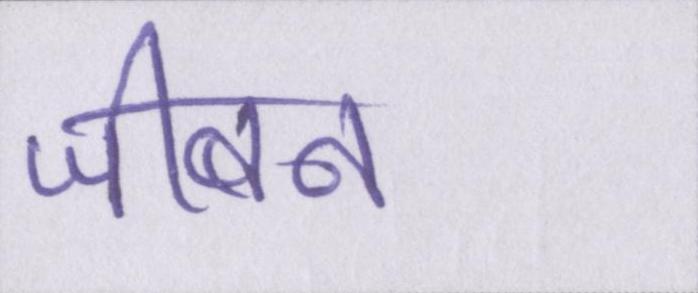
जीबन